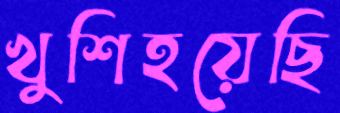
খুশিহয়েছি